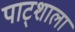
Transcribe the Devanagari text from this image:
पाट्शाला